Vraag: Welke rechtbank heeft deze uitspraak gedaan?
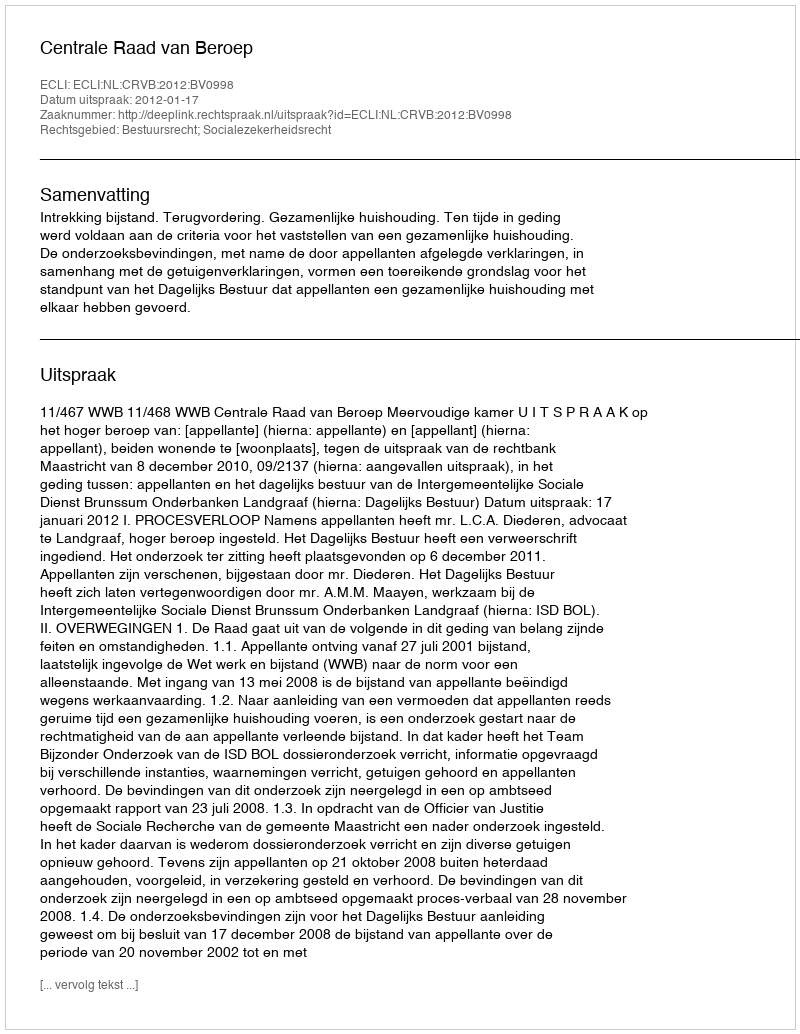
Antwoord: Centrale Raad van Beroep